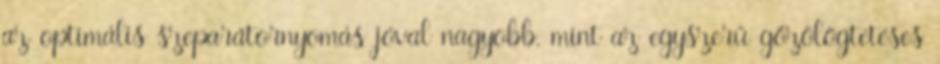
az optimális szeparátornyomás jóval nagyobb, mint az egyszerű gőzölögtetéses